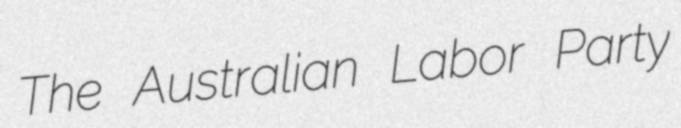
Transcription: The Australian Labor Party